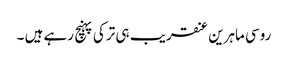
روسی ماہرین عنقریب ہی ترکی پہنچ رہے ہیں ۔